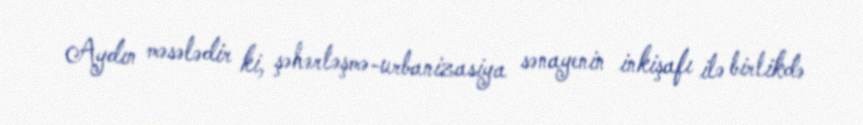
Aydın məsələdir ki, şəhərləşmə-urbanizasiya sənayenin inkişafı ilə birlikdə